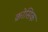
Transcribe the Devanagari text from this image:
क्रोसिक